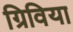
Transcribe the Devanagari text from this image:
ग्रिविया